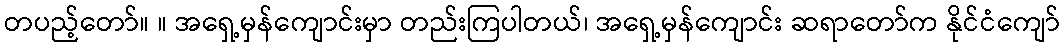
တပည့်တော်။ ။ အရှေ့မှန်ကျောင်းမှာ တည်းကြပါတယ်၊ အရှေ့မှန်ကျောင်း ဆရာတော်က နိုင်ငံကျော်